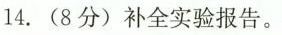
14. (8分) 补全实验报告。